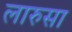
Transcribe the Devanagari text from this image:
लारुसा